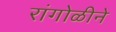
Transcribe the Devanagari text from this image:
रांंगोळीने